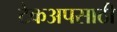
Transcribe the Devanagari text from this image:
टेकअपसाठी